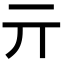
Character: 亓